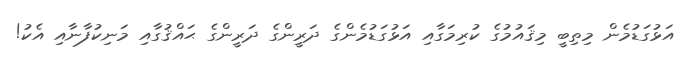
އަޅުގަޑުމެން މިތިބީ މިޤައުމުގެ ކުރިމަގާއި އަޅުގަޑުމެންގެ ދަރީންގެ ދަރީންގެ ޙައްޤުގާއި މަނިކުފާނާއި އެކު!